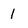
Character: 1